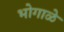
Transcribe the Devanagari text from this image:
भोगाळे